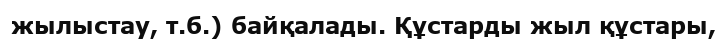
жылыстау, т.б.) байқалады. Құстарды жыл құстары,